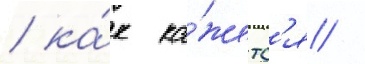
/ ка́к ка́жетс'я /